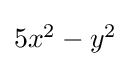
\textstyle 5x^{2}-y^{2}